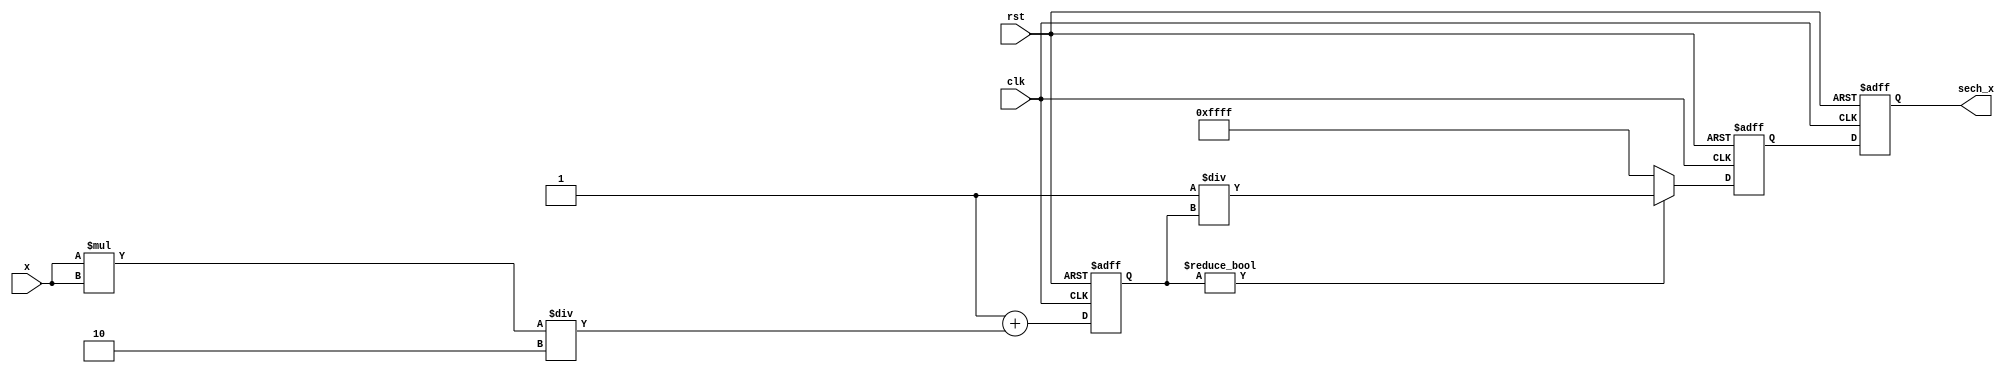
module hyperbolic_secant (
    input wire [15:0] x,          // Input signal (fixed-point representation)
    output reg [15:0] sech_x,     // Output signal (fixed-point representation)
    input wire clk,               // Clock signal
    input wire rst                // Reset signal
);

    // Internal signals
    reg [15:0] cosh_x;            // Intermediate result for cosh(x)
    reg [15:0] reciprocal;         // Intermediate result for 1/cosh(x)

    // Hyperbolic Cosine Calculation using Taylor Series
    // cosh(x) = 1 + x^2/2! + x^4/4! + x^6/6! + ...
    always @(posedge clk or posedge rst) begin
        if (rst) begin
            cosh_x <= 16'h0001;    // cosh(0) = 1
        end else begin
            // Simple approximation for small x
            // For larger x, consider using a more robust method
            cosh_x <= 16'h0001 + (x * x) / 16'h0002; // 1 + x^2/2
        end
    end

    // Reciprocal Calculation
    always @(posedge clk or posedge rst) begin
        if (rst) begin
            reciprocal <= 16'h0000; // Initialize reciprocal
        end else begin
            // Simple reciprocal calculation (1/cosh_x)
            // This can be improved using Newton-Raphson or other methods
            if (cosh_x != 16'h0000) begin
                reciprocal <= 16'h0001 / cosh_x; // Basic division
            end else begin
                reciprocal <= 16'hFFFF; // Handle division by zero
            end
        end
    end

    // Final Output Calculation
    always @(posedge clk or posedge rst) begin
        if (rst) begin
            sech_x <= 16'h0000; // Initialize sech_x
        end else begin
            sech_x <= reciprocal; // Output the reciprocal of cosh(x)
        end
    end

endmodule